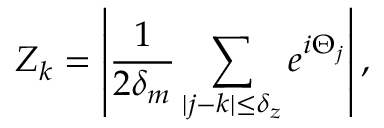
Z _ { k } = \left\vert \frac { 1 } { 2 \delta _ { m } } \sum _ { | j - k | \leq \delta _ { z } } e ^ { i \Theta _ { j } } \right\vert ,